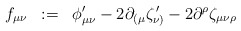
\begin{align*}f_{\mu\nu} \;\; :=\;\; \phi^{\prime}_{\mu\nu} -2 \partial_{( \mu} \zeta^{\,\prime}_{\nu )} - 2 \partial^{\rho} \zeta_{\mu\nu\rho}\end{align*}